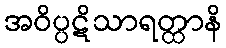
အဝိပ္ပဋိသာရတ္ထာနိ